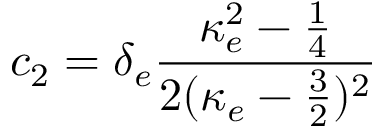
c _ { 2 } = \delta _ { e } \frac { \kappa _ { e } ^ { 2 } - \frac { 1 } { 4 } } { 2 ( \kappa _ { e } - \frac { 3 } { 2 } ) ^ { 2 } }